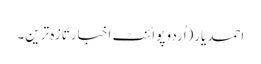
احمدیار(اُردو پوائنٹ اخبارتازہ ترین۔